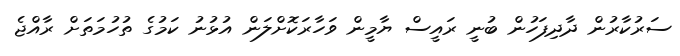
ސަރުކާރުން ދާދިފަހުން ބުނީ ރައީސް ޔާމީން ވަހާރަކޮށްލަން އުޅުނު ކަމުގެ ތުހުމަތަށް ރާއްޖެ